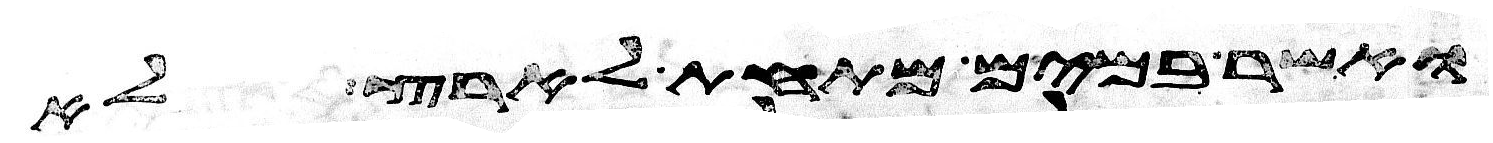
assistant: ואשר במים מתחת לארץ לא